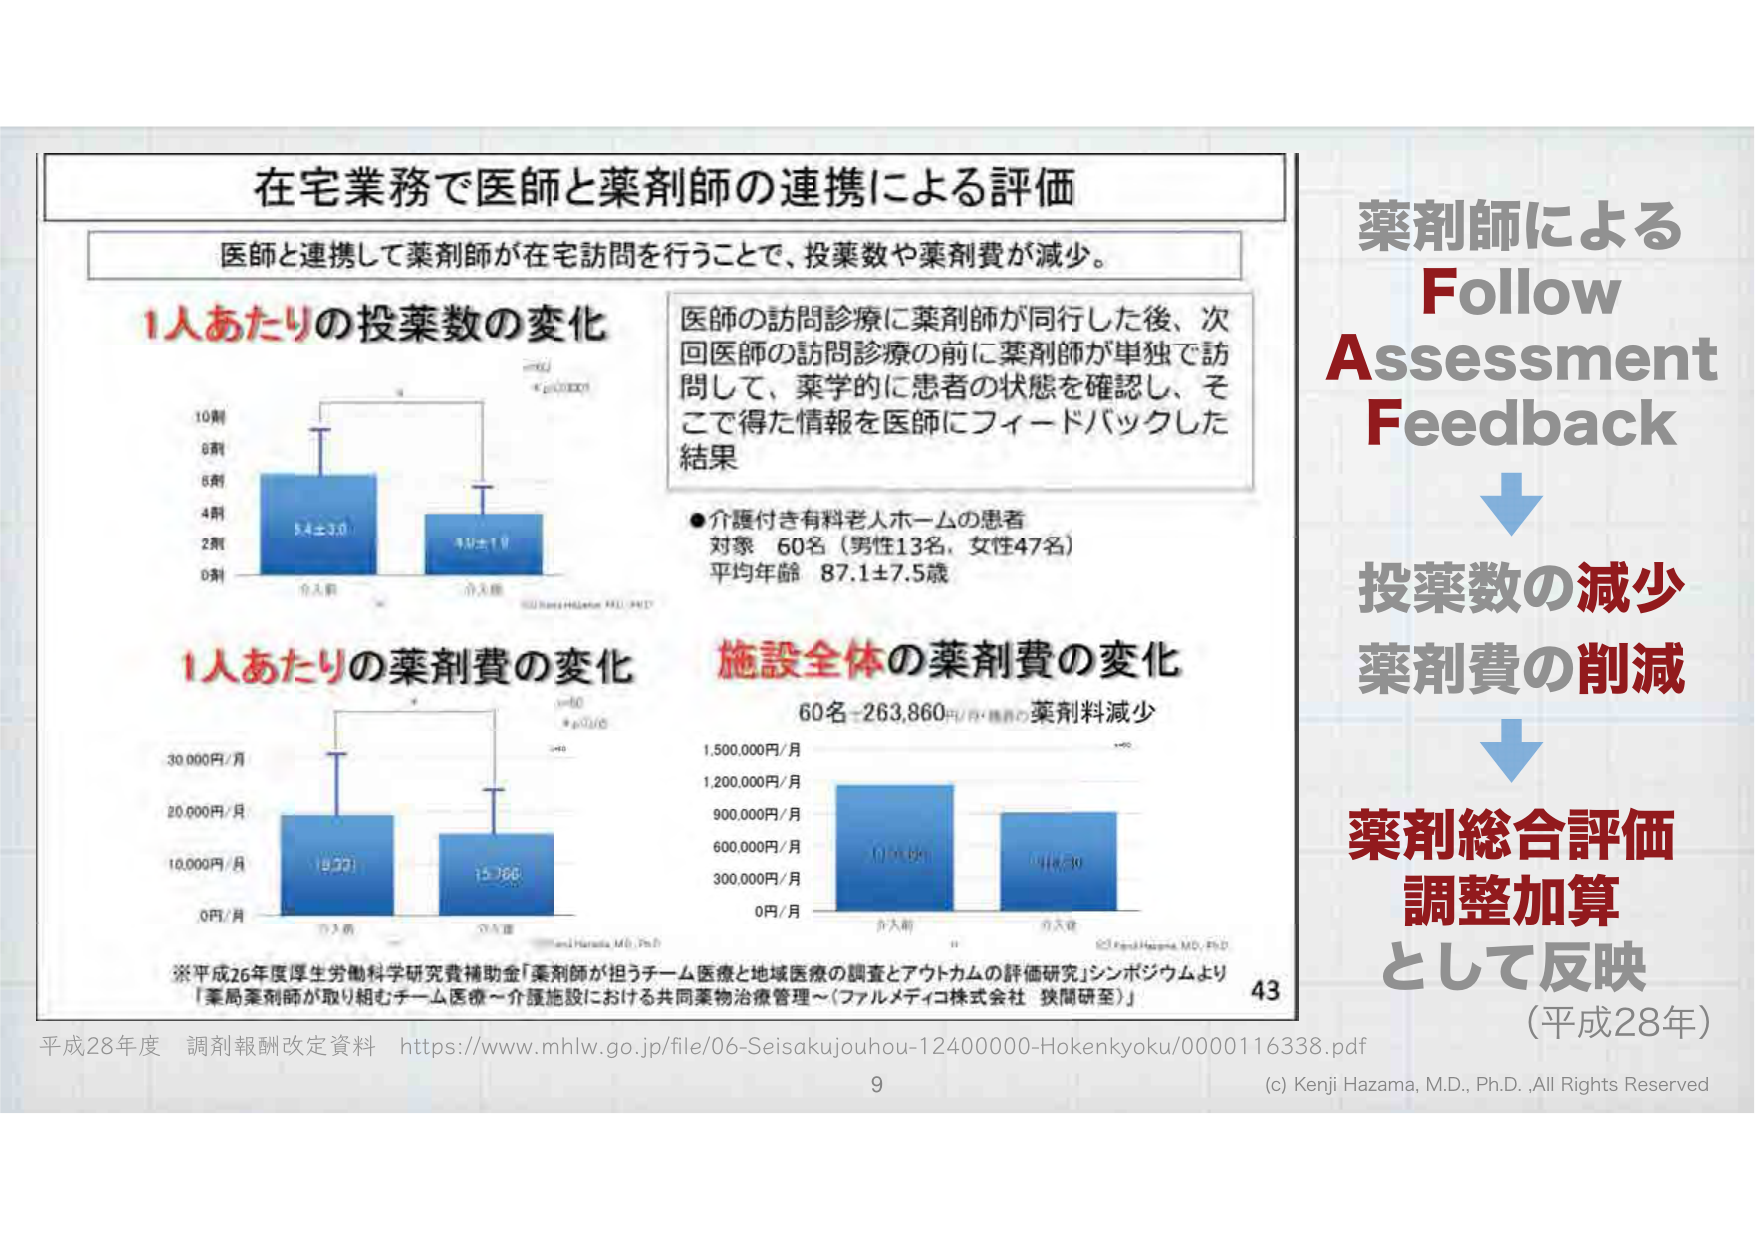
在宅業務で医師と薬剤師の連携による評価
医師と連携して薬剤師が在宅訪問を行うことで、投薬数や薬剤費が減少。

1人あたりの投薬数の変化
10剤
8剤
6剤
4剤
2剤
0剤
介入前 5.4±3.0
介入後 3.3±1.9
* p<0.0001
n=60

医師の訪問診療に薬剤師が同行した後、次回医師の訪問診療の前に薬剤師が単独で訪問して、薬学的に患者の状態を確認し、そこで得た情報を医師にフィードバックした結果

●介護付き有料老人ホームの患者
対象 60名（男性13名、女性47名）
平均年齢 87.1±7.5歳

1人あたりの薬剤費の変化
30,000円/月
20,000円/月
10,000円/月
0円/月
介入前 19,921
介入後 15,066
* p<0.05
n=60

施設全体の薬剤費の変化
60名-263,860円/月・施設の薬剤料減少
1,500,000円/月
1,200,000円/月
900,000円/月
600,000円/月
300,000円/月
0円/月
介入前 1,138,860
介入後 874,990
n=60

※平成26年度厚生労働科学研究費補助金「薬剤師が担うチーム医療と地域医療の調査とアウトカムの評価研究」シンポジウムより
「薬局薬剤師が取り組むチーム医療～介護施設における共同薬物治療管理～（ファルメディコ株式会社 挾間研至）」

43

平成28年度 調剤報酬改定資料 https://www.mhlw.go.jp/file/06-Seisakujouhou-12400000-Hokenkyoku/0000116338.pdf

9

(c) Kenji Hazama, M.D., Ph.D., All Rights Reserved

薬剤師による
Follow
Assessment
Feedback
↓
投薬数の減少
薬剤費の削減
↓
薬剤総合評価
調整加算
として反映
（平成28年）